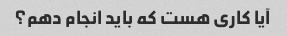
آیا کاری هست که باید انجام دهم؟